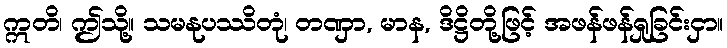
ဣတိ၊ ဤသို့။ သမနုပဿိတုံ၊ တဏှာ, မာန, ဒိဋ္ဌိတို့ဖြင့် အဖန်ဖန်ရှုခြင်းငှာ။